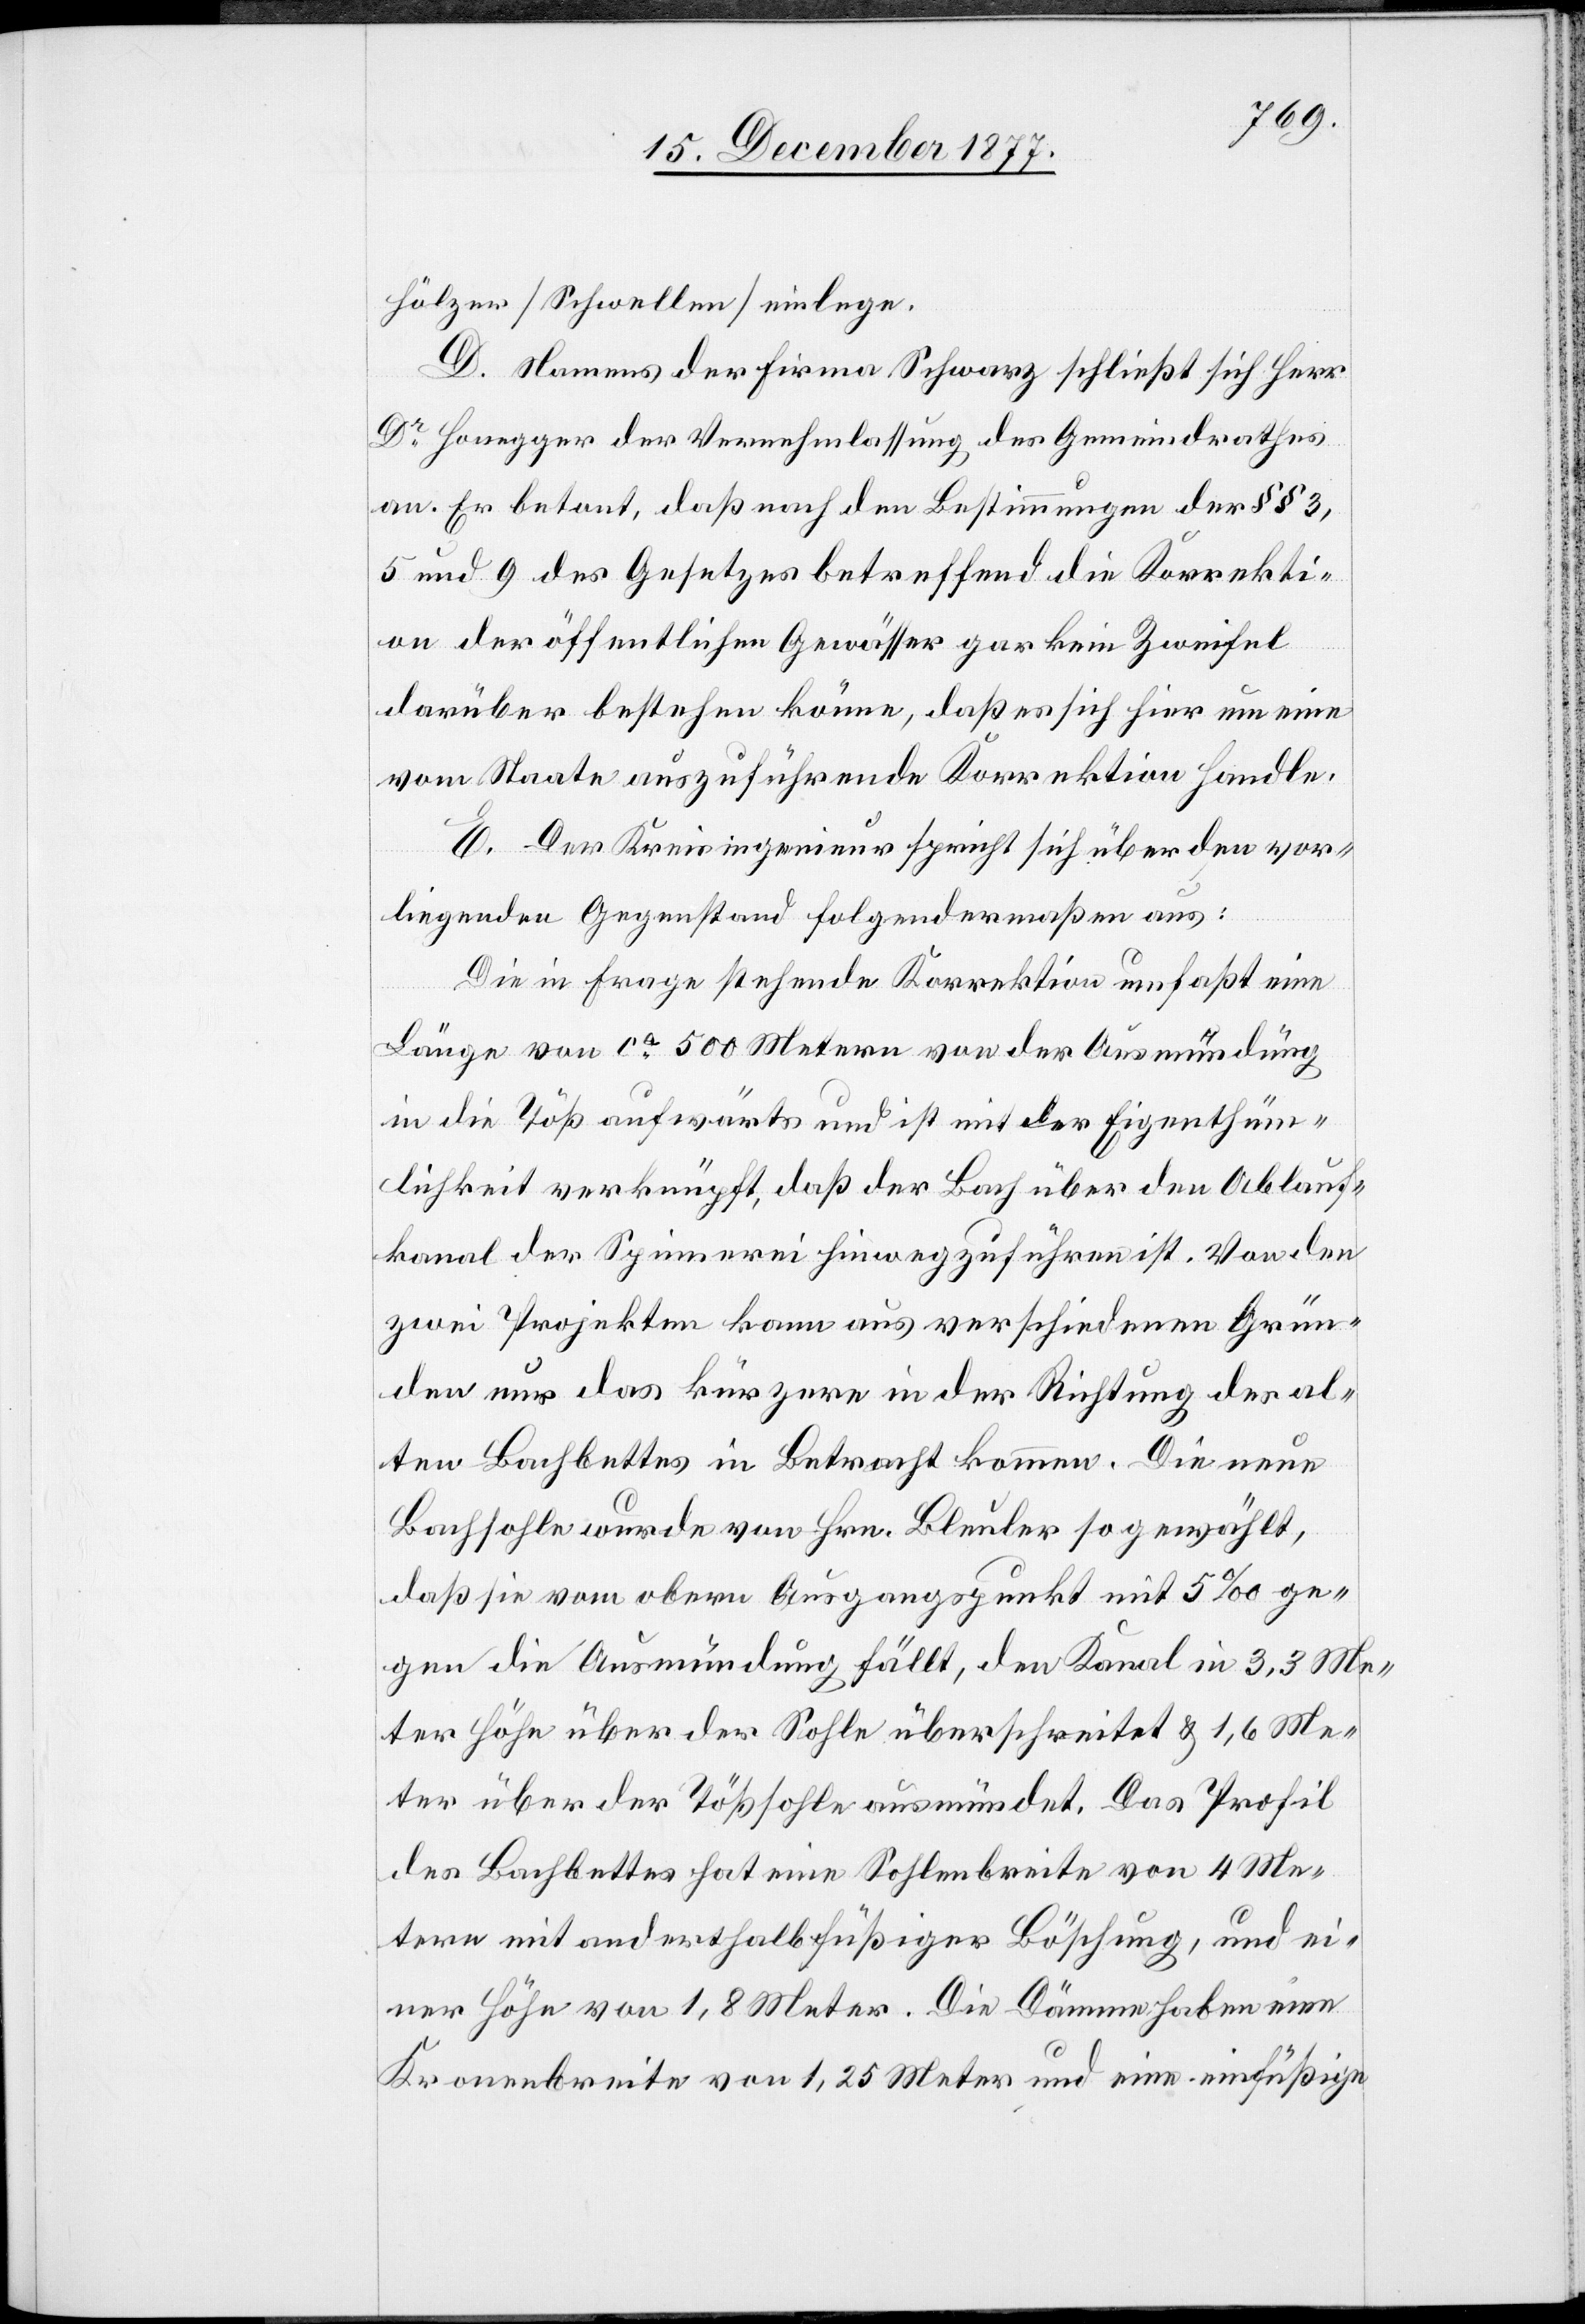
hölzer [Schwellen] einlege.
D. Namens der Firma Schwarz schließt sich Herr
Dr Honegger der Vernehmlassung des Gemeindrathes
an. Er betont, daß nach den Bestimmungen der §§ 3,
5 und 9 des Gesetzes betreffend die Korrekti¬
on der öffentlichen Gewässer gar kein Zweifel
darüber bestehen könne, daß es sich hier um eine
vom Staate auszuführende Korrektion handle.
E. Der Kreisingenieur spricht sich über den vor¬
liegenden Gegenstand folgendermaßen aus:
Die in Frage stehende Korrektion umfaßt eine
Länge von ca 500 Metern von der Ausmündung
in die Töß aufwärts und ist mit der Eigenthüm¬
lichkeit verknüpft, daß der Bach über den Ablauf¬
kanal der Spinnerei hinwegzuführen ist. Von den
zwei Projekten kann aus verschiedenen Grün¬
den nur das kürzere in der Richtung des al¬
ten Bachbettes in Betracht kommen. Die neue
Bachsohle wurde von Hrn. Bleuler so gewählt,
daß sie vom obern Ausgangspunkt mit 5‰ ge¬
gen die Ausmündung fällt, den Kanal in 3,3 Me¬
ter Höhe über der Sohle überschreitet & 1,6 Me¬
ter über der Tößsohle ausmündet. Das Profil
des Bachbettes hat eine Sohlenbreite von 4 Me¬
tern mit anderthalbfüßiger Böschung, und ei¬
ner Höhe von 1,8 Meter. Die Dämme haben eine
Kronenbreite von 1,25 Meter und eine einfüßige